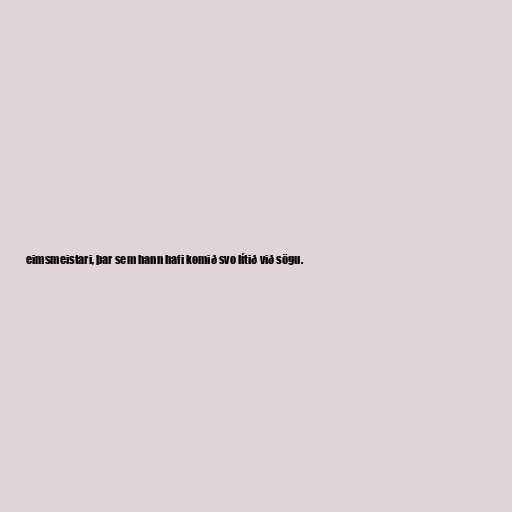
eimsmeistari, þar sem hann hafi komið svo lítið við sögu.